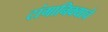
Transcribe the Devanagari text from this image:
टांगानिक्याचे